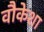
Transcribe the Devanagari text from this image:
वौकेशा